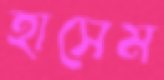
হাসেম